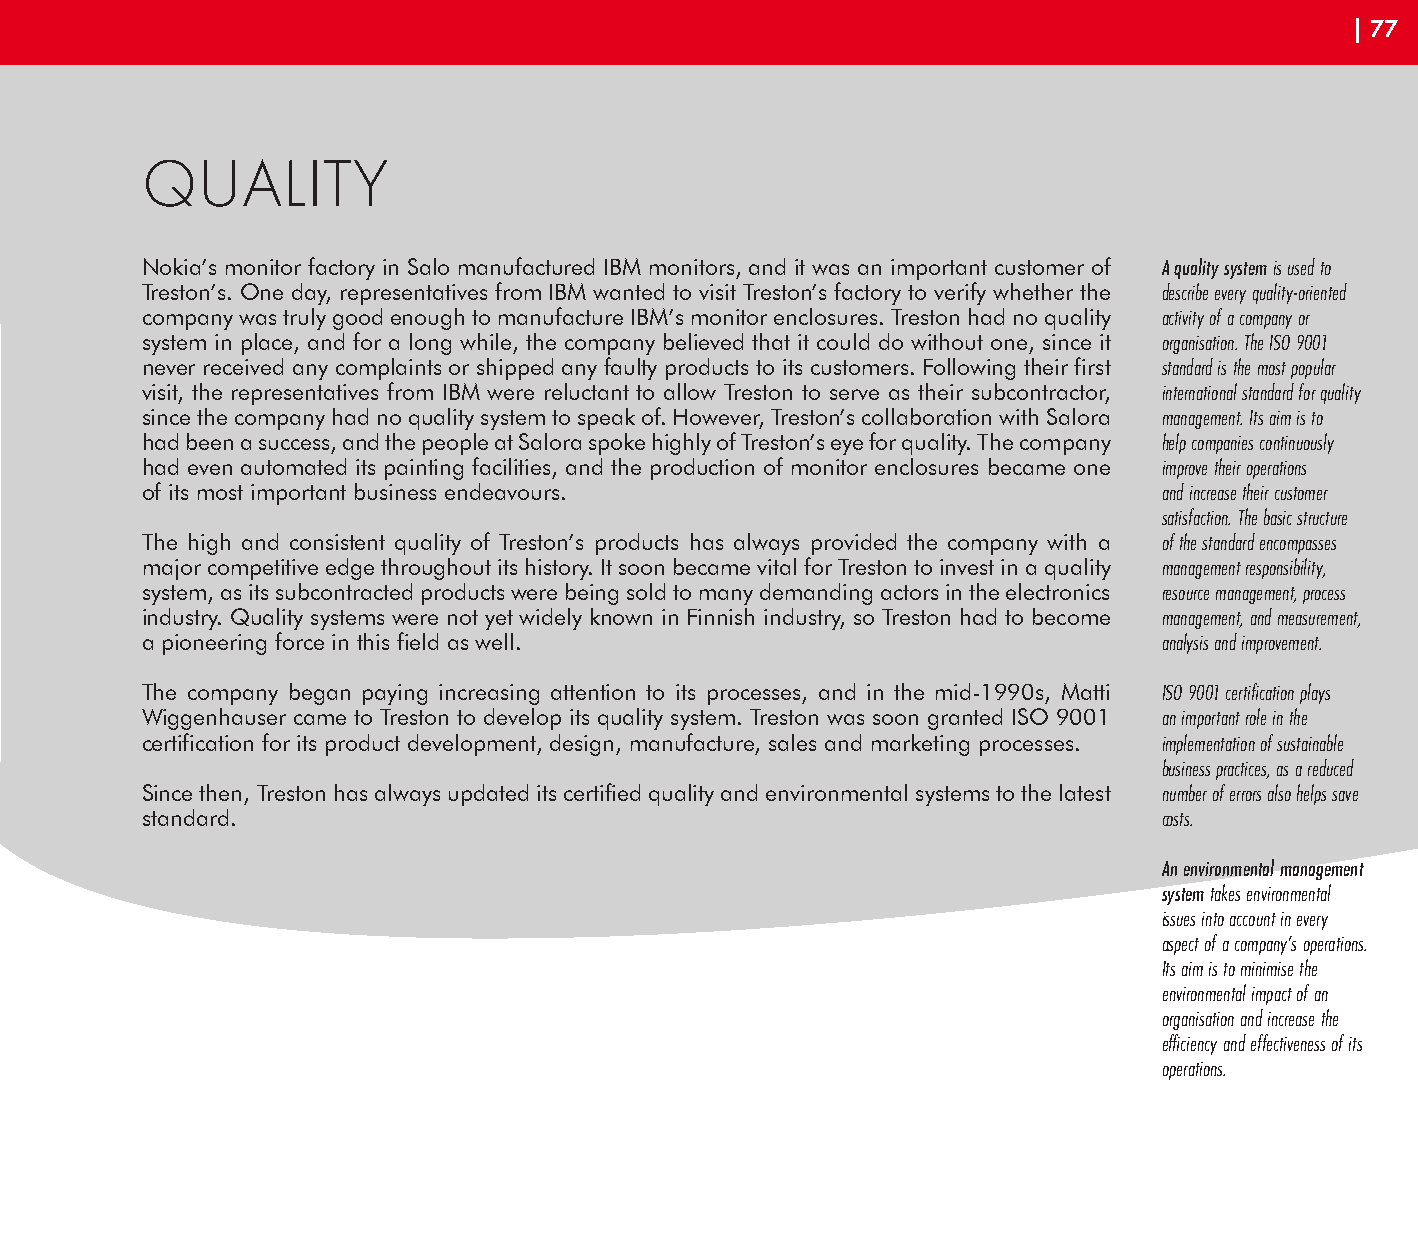
| 77
 QUALITY
 Nokia’s monitor factory in Salo manufactured IBM monitors, and it was an important customer of A quality system is used to
 Treston’s. One day, representatives from IBM wanted to visit Treston’s factory to verify whether the describe every quality-oriented
 company was truly good enough to manufacture IBM’s monitor enclosures. Treston had no quality activity of a company or
 system in place, and for a long while, the company believed that it could do without one, since it organisation. The ISO 9001
 never received any complaints or shipped any faulty products to its customers. Following their first standard is the most popular
 visit, the representatives from IBM were reluctant to allow Treston to serve as their subcontractor, international standard for quality
 since the company had no quality system to speak of. However, Treston’s collaboration with Salora management. Its aim is to
 had been a success, and the people at Salora spoke highly of Treston’s eye for quality. The company help companies continuously
 had even automated its painting facilities, and the production of monitor enclosures became one improve their operations
 of its most important business endeavours.                          and increase their customer
 satisfaction. The basic structure
 The high and consistent quality of Treston’s products has always provided the company with a of the standard encompasses
 major competitive edge throughout its history. It soon became vital for Treston to invest in a quality management responsibility,
 system, as its subcontracted products were being sold to many demanding actors in the electronics resource management, process
 industry. Quality systems were not yet widely known in Finnish industry, so Treston had to become management, and measurement,
 a pioneering force in this field as well.                           analysis and improvement.
 The company began paying increasing attention to its processes, and in the mid-1990s, Matti ISO 9001 certification plays
 Wiggenhauser came to Treston to develop its quality system. Treston was soon granted ISO 9001 an important role in the
 certification for its product development, design, manufacture, sales and marketing processes. implementation of sustainable
 business practices, as a reduced
 Since then, Treston has always updated its certified quality and environmental systems to the latest number of errors also helps save
 standard.                                                           costs.
 An environmental management
 system takes environmental
 issues into account in every
 aspect of a company’s operations.
 Its aim is to minimise the
 environmental impact of an
 organisation and increase the
 efficiency and effectiveness of its
 operations.